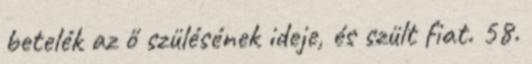
betelék az ő szülésének ideje, és szült fiat. 58.